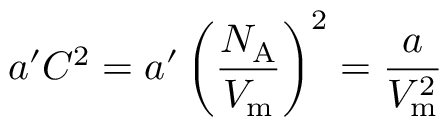
a ^ { \prime } C ^ { 2 } = a ^ { \prime } \left( { \frac { N _ { \mathrm { A } } } { V _ { \mathrm { m } } } } \right) ^ { 2 } = { \frac { a } { V _ { \mathrm { m } } ^ { 2 } } }